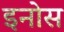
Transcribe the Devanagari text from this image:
इनोस